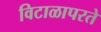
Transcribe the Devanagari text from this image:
विटाळापरते